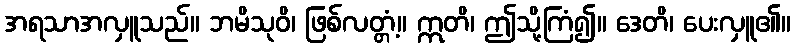
အရသာအလှူသည်။ ဘမိသုဝိ၊ ဖြစ်လတ္တံ့။ ဣတိ၊ ဤသို့ကြံ၍။ ဒေတိ၊ ပေးလှူ၏။